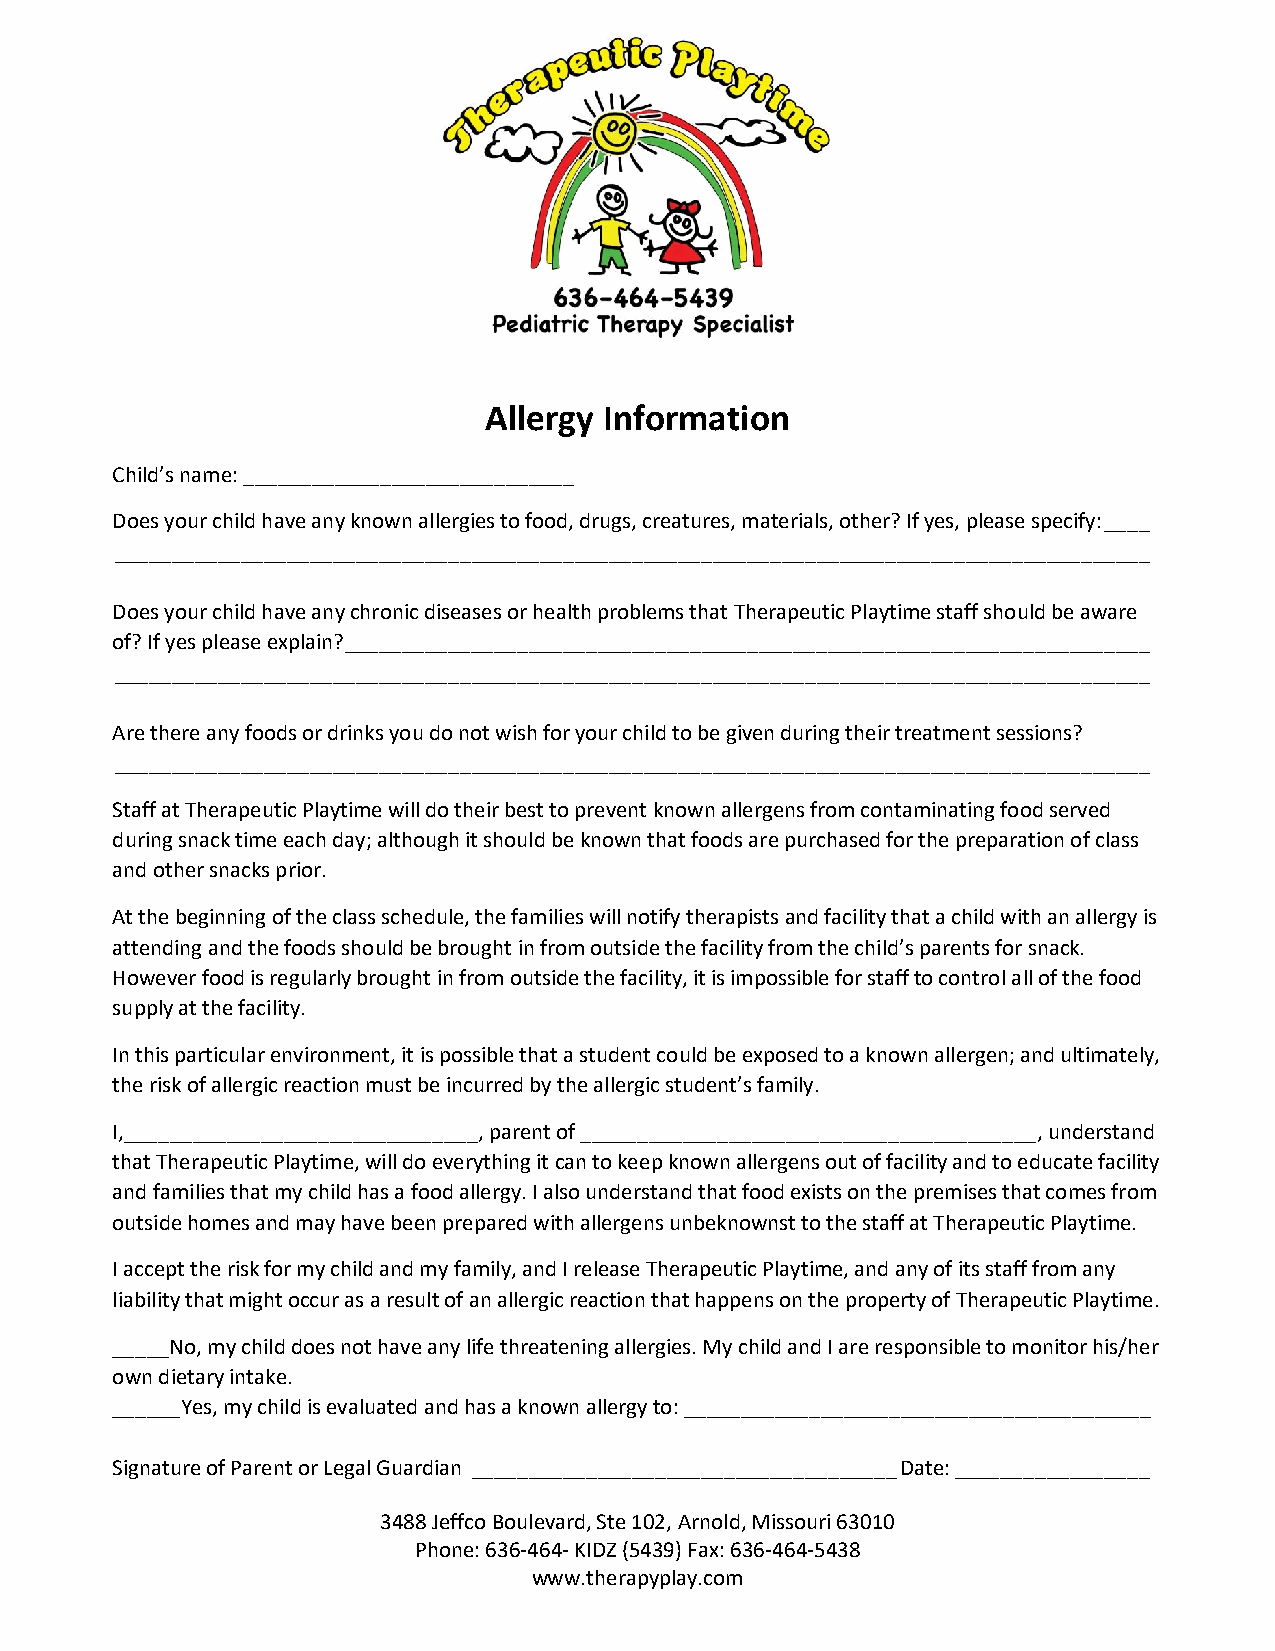
Allergy Information
 Child’s name: _____________________________
 Does your child have any known allergies to food, drugs, creatures, materials, other? If yes, please specify: ____
 __________________________________________________________________________________________
 Does your child have any chronic diseases or health problems that Therapeutic Playtime staff should be aware
 of? If yes please explain? ______________________________________________________________________
 __________________________________________________________________________________________
 Are there any foods or drinks you do not wish for your child to be given during their treatment sessions?
 __________________________________________________________________________________________
 Staff at Therapeutic Playtime will do their best to prevent known allergens from contaminating food served
 during snack time each day; although it should be known that foods are purchased for the preparation of class
 and other snacks prior.
 At the beginning of the class schedule, the families will notify therapists and facility that a child with an allergy is
 attending and the foods should be brought in from outside the facility from the child’s parents for snack.
 However food is regularly brought in from outside the facility, it is impossible for staff to control all of the food
 supply at the facility.
 In this particular environment, it is possible that a student could be exposed to a known allergen; and ultimately,
 the risk of allergic reaction must be incurred by the allergic student’s family.
 I,_______________________________, parent of ________________________________________, understand
 that Therapeutic Playtime, will do everything it can to keep known allergens out of facility and to educate facility
 and families that my child has a food allergy. I also understand that food exists on the premises that comes from
 outside homes and may have been prepared with allergens unbeknownst to the staff at Therapeutic Playtime.
 I accept the risk for my child and my family, and I release Therapeutic Playtime, and any of its staff from any
 liability that might occur as a result of an allergic reaction that happens on the property of Therapeutic Playtime.
 _____No, my child does not have any life threatening allergies. My child and I are responsible to monitor his/her
 own dietary intake.
 ______Yes, my child is evaluated and has a known allergy to: _________________________________________
 Signature of Parent or Legal Guardian _____________________________________ Date: _________________
 3488 Jeffco Boulevard, Ste 102, Arnold, Missouri 63010
 Phone: 636-464- KIDZ (5439) Fax: 636-464-5438
 www.therapyplay.com